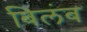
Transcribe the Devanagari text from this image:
बिलंब